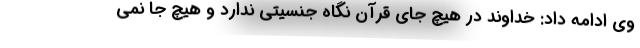
وی ادامه داد: خداوند در هیچ جای قرآن نگاه جنسیتی ندارد و هیچ جا نمی